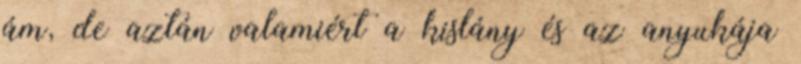
ám, de aztán valamiért a kislány és az anyukája